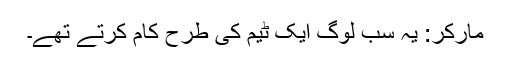
مارکر: یہ سب لوگ ایک ٹیم کی طرح کام کرتے تھے۔